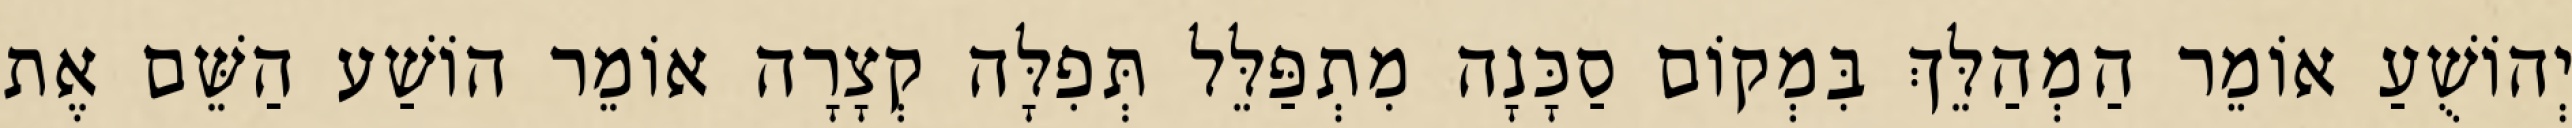
יְהוֹשֻׁעַ אוֹמֵר הַמְהַלֵּךְ בִּמְקוֹם סַכָּנָה מִתְפַּלֵּל תְּפִלָּה קְצָרָה אוֹמֵר הוֹשַׁע הַשֵּׁם אֶת